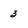
Character: 3